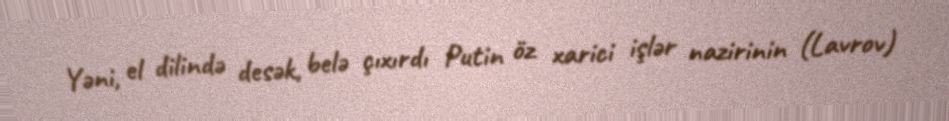
Yəni, el dilində desək, belə çıxırdı Putin öz xarici işlər nazirinin (Lavrov)